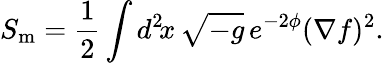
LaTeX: S_{\mathrm{m}}=\frac{1}{2}\int d^{2}\! x\, \sqrt{-g}\, e^{-2\phi}(\nabla f)^{2}.